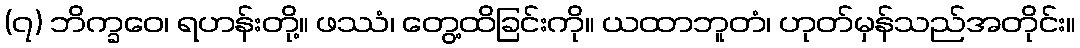
(၇) ဘိက္ခဝေ၊ ရဟန်းတို့။ ဖဿံ၊ တွေ့ထိခြင်းကို။ ယထာဘူတံ၊ ဟုတ်မှန်သည်အတိုင်း။